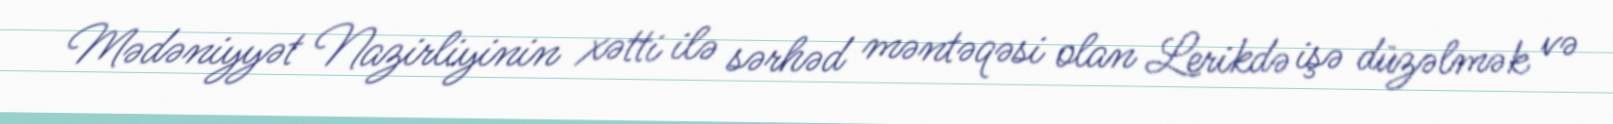
Mədəniyyət Nazirliyinin xətti ilə sərhəd məntəqəsi olan Lerikdə işə düzəlmək və